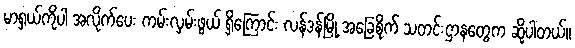
မာရှယ်ကိုပါ အလိုက်ပေး ကမ်းလှမ်းဖွယ် ရှိကြောင်း လန်ဒန်မြို့ အခြေစိုက် သတင်းဌာနတွေက ဆိုပါတယ်။